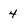
Character: 4